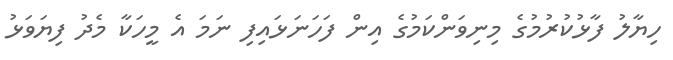
ހިޔާލު ފާޅުކުރުމުގެ މިނިވަންކަމުގެ އިން ފަހަނަޅައިފި ނަމަ އެ މީހަކާ މެދު ފިޔަވަޅު